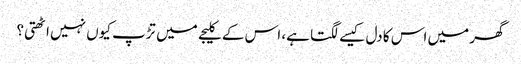
گھر میں اس کا دل کیسے لگتا ہے، اس کے کلیجے میں تڑپ کیوں نہیں اٹھتی؟